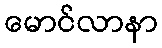
မောင်လာနာ